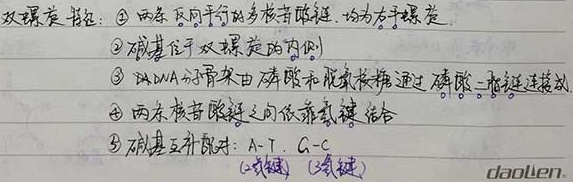
双螺旋结构：
\textcircled{1} 两条反向平行的多核苷酸链，称为右手螺旋
\textcircled{2} 碱基位于双螺旋的内侧
\textcircled{3} DNA分子骨架由磷酸和脱氧核糖通过磷酸二酯键连接成
\textcircled{4} 两条核苷酸链之间依靠氢键结合
\textcircled{5} 碱基互补配对：A - T，G - C（氢键）（氢键）